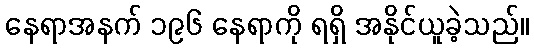
နေရာအနက် ၁၉၆ နေရာကို ရရှိ အနိုင်ယူခဲ့သည်။